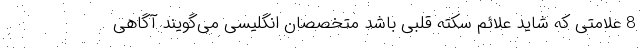
8 علامتی که شاید علائم سکته قلبی باشد متخصصان انگلیسی می‌گویند آگاهی